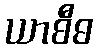
ယာစီဓ